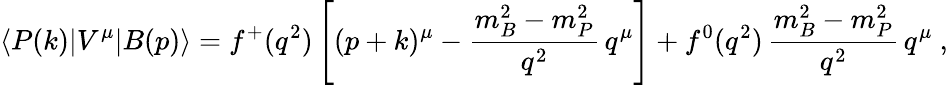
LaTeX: \langle P(k)|V^{\mu}|B(p)\rangle=f^{+}(q^{2})\left[(p+k)^{\mu}-\frac{m_{B}^{2}-m_{P}^{2}}{q^{2}}\, q^{\mu}\right]+f^{0}(q^{2})\, \frac{m_{B}^{2}-m_{P}^{2}}{q^{2}}\, q^{\mu}\ ,